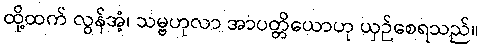
ထို့ထက် လွန်အံ့၊ သမ္ဗဟုလာ အာပတ္တိယောဟု ယှဉ်စေရသည်။